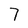
Character: 7